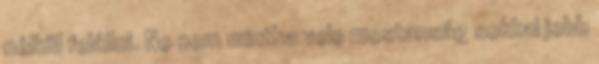
nélkül felállni. No nem mintha vele mostanság sokkal jobb